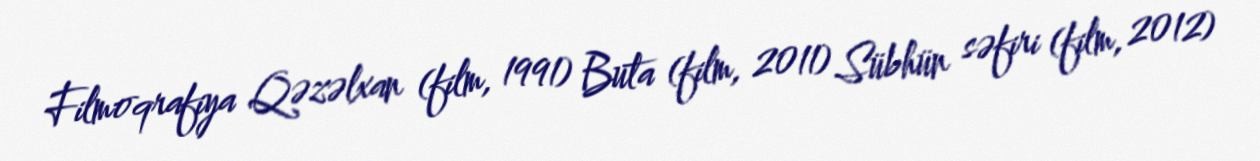
Filmoqrafiya Qəzəlxan (film, 1991) Buta (film, 2011) Sübhün səfiri (film, 2012)